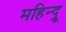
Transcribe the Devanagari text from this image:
महिन्द्रू